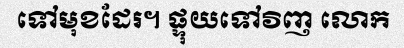
ទៅមុខដែរ។ ផ្ទុយទៅវិញ លោក